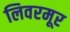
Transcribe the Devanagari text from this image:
लिवरमूर